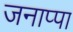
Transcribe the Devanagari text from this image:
जनाप्पा